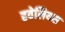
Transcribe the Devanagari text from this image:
हवेलियस